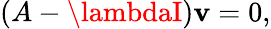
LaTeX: (A-\lambdaI)\mathbf{v}=0,